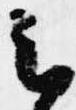
云